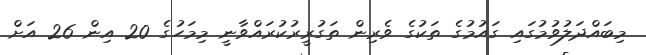
މިބައްދަލުވުމުގައި ގައުމުގެ ތަކުގެ ވެރިން ތަގުރީރުކުރައްވާނީ މިމަހުގެ 20 އިން 26 އަށް